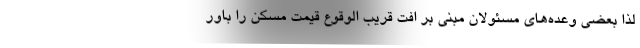
لذا بعضی وعده‌های مسئولان مبنی بر افت قریب الوقوع قیمت مسکن را باور